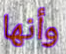
وأنها